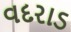
વદરાડ